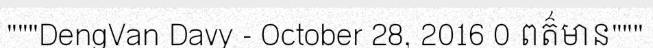
"""DengVan Davy - October 28, 2016 0 ពត៌មាន"""